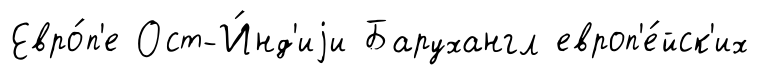
Евро́п'е Ост-И́нд'иjи Барухангл европ'е́йск'их